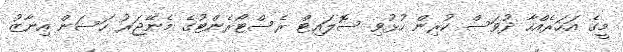
މީގެ އަހަރެއްހާ ދުވަސް ކުރިން ހުޅުވި ސޮލައިޓް ރެސްޓޯރެންޓުގެ މެނޭޖަރު ހަސަން އިނާޒު